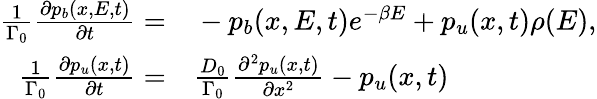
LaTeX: \begin{array}{rl}{\frac{1}{\Gamma_{0}}\frac{\partial p_{b}(x,E,t)}{\partial t}=}&{{}-p_{b}(x,E,t)e^{-\beta E}+p_{u}(x,t)\rho(E),}\\ {\frac{1}{\Gamma_{0}}\frac{\partial p_{u}(x,t)}{\partial t}=}&{{}\frac{D_{0}}{\Gamma_{0}}\frac{\partial^{2}p_{u}(x,t)}{\partial x^{2}}-p_{u}(x,t)}\end{array}